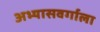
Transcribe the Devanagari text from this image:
अभ्यासवर्गाला